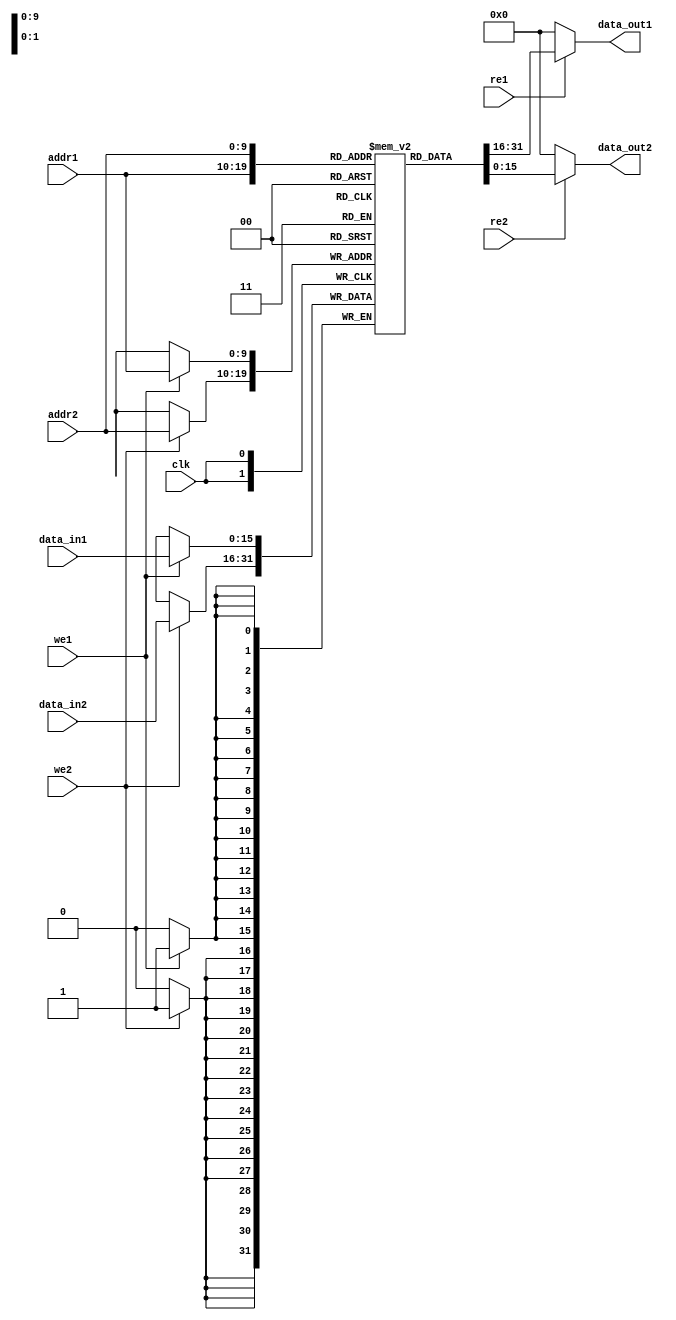
module dual_port_ram (
    input wire clk,
    input wire [9:0] addr1,
    input wire [9:0] addr2,
    input wire [15:0] data_in1,
    input wire [15:0] data_in2,
    input wire we1,
    input wire we2,
    input wire re1,
    input wire re2,
    output reg [15:0] data_out1,
    output reg [15:0] data_out2
);

reg [15:0] mem [1023:0];

always @(posedge clk) begin
    if (we1) begin
        mem[addr1] <= data_in1;
    end
    if (we2) begin
        mem[addr2] <= data_in2;
    end
end

assign data_out1 = (re1) ? mem[addr1] : 16'b0;
assign data_out2 = (re2) ? mem[addr2] : 16'b0;

endmodule